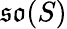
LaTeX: {\mathfrak{so}}(S)